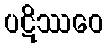
ပဋိဿဝေ